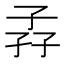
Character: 孨